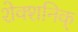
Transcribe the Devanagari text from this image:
शेक्शनिक्